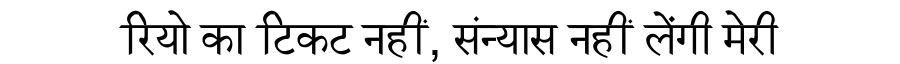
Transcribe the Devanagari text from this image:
रियो का टिकट नहीं, संन्यास नहीं लेंगी मेरी